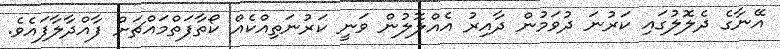
އޭނާގެ ދެލޮލުގައި ކަރުނަ ދުވަމުން ދާއިރު އެއްލޮލުން ވަނީ ކަރުނަތިއްކެއް ކޯތާފަތްމައްޗަށް ފާއްދާލާފައެވެ.